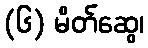
(၆) မိတ်ဆွေ၊